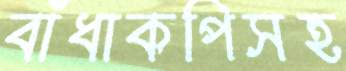
বাঁধাকপিসহ